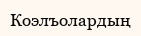
Коэлъолардың